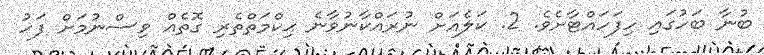
ބުނާ ބަހުގައި ހިފަހައްޓާށެވެ. 2. ކަލެއަށް ނުރައްކާނުވާނެ ޙިކްމަތްތެރި ގޮތެއް ވިސްނުމަށް ފަހު